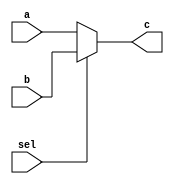
`timescale 1ns / 1ps
//////////////////////////////////////////////////////////////////////////////////
// Company: 
// Engineer: 
// 
// Design Name: 
// Module Name:    test 
// Project Name: 
// Target Devices: 
// Tool versions: 
// Description: 
//
// Dependencies: 
//
// Revision: 
// Revision 0.01 - File Created
// Additional Comments: 
//
//////////////////////////////////////////////////////////////////////////////////
module test(
input [1:0] a,
input [1:0] b,
input sel,
output [1:0] c
);

assign c = sel?b:a;
endmodule